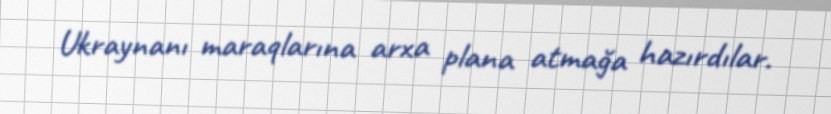
Ukraynanı maraqlarına arxa plana atmağa hazırdılar.